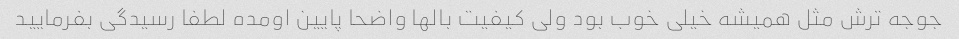
جوجه ترش مثل همیشه خیلی خوب بود ولی کیفیت بالها واضحا پایین اومده لطفا رسیدگی بفرمایید